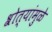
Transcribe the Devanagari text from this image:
श्रोत्यांमुळे